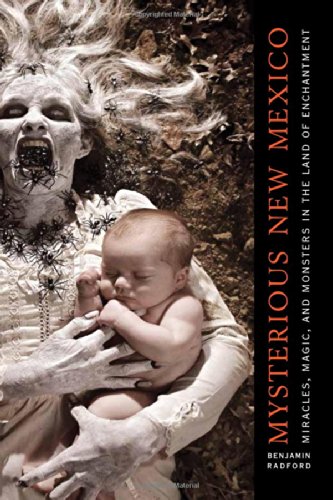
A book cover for Mysterious New Mexico: Miracles, Magic, and Monsters in the Land of Enchantment; Benjamin Radford; Religion & Spirituality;